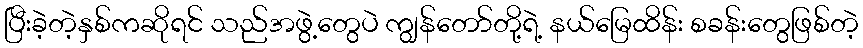
ပြီးခဲ့တဲ့နှစ်ကဆိုရင် သည်အဖွဲ့တွေပဲ ကျွန်တော်တို့ရဲ့ နယ်မြေထိန်း စခန်းတွေဖြစ်တဲ့